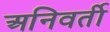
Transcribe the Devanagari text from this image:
अनिवर्ती